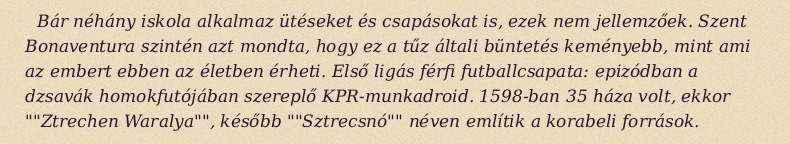
Bár néhány iskola alkalmaz ütéseket és csapásokat is, ezek nem jellemzőek. Szent Bonaventura szintén azt mondta, hogy ez a tűz általi büntetés keményebb, mint ami az embert ebben az életben érheti. Első ligás férfi futballcsapata: epizódban a dzsavák homokfutójában szereplő KPR-munkadroid. 1598-ban 35 háza volt, ekkor ""Ztrechen Waralya"", később ""Sztrecsnó"" néven említik a korabeli források.